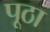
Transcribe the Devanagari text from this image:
पूठा